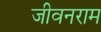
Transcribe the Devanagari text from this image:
जीवनराम